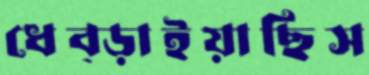
ধেব্‌ড়াইয়াছিস